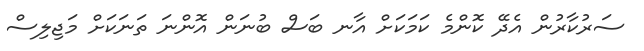
ސަރުކާރުން އެދޭ ކޮންމެ ކަމަކަށް އާނ ބަސް ބުނަން އޮންނަ ތަނަކަށް މަޖިލިސް